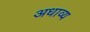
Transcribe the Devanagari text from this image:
अधाव्य